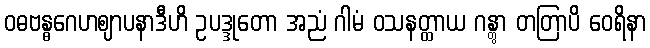
ဝဓဗန္ဓဂေဟဈာပနာဒီဟိ ဥပဒ္ဒုတော အညံ ဂါမံ ဝသနတ္ထာယ ဂန္တွာ တတြာပိ ဝေရိနာ